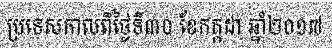
ប្រទេសកាលពីថ្ងៃទី៣០ ខែកក្កដា ឆ្នាំ២០១៧